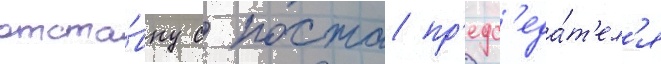
отста́вку с поста пр'едс'еда́т'ел'я